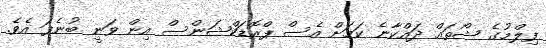
ފިލްމުގެ ޝޯތައް ދައްކާނެ ކަމަށް އެސް ޕްރޮޑަކްޝަންސް އިން ވަނީ ބުނެފަ އެވެ.